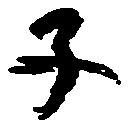
子